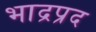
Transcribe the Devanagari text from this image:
भाद्रप्रद